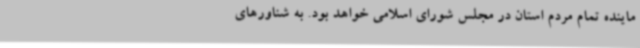
ماینده تمام مردم استان در مجلس شورای اسلامی خواهد بود. به شناورهای